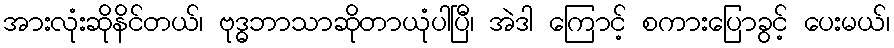
အားလုံးဆိုနိင်တယ်၊ ဗုဒ္ဓဘာသာဆိုတာယုံပါပြီ၊ အဲဒါ ကြောင့် စကားပြောခွင့် ပေးမယ်၊